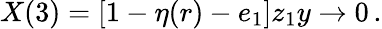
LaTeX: X(3)=[1-\eta(r)-e_{1}]z_{1}y\to 0\, .